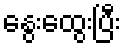
နွေးထွေးပြီး